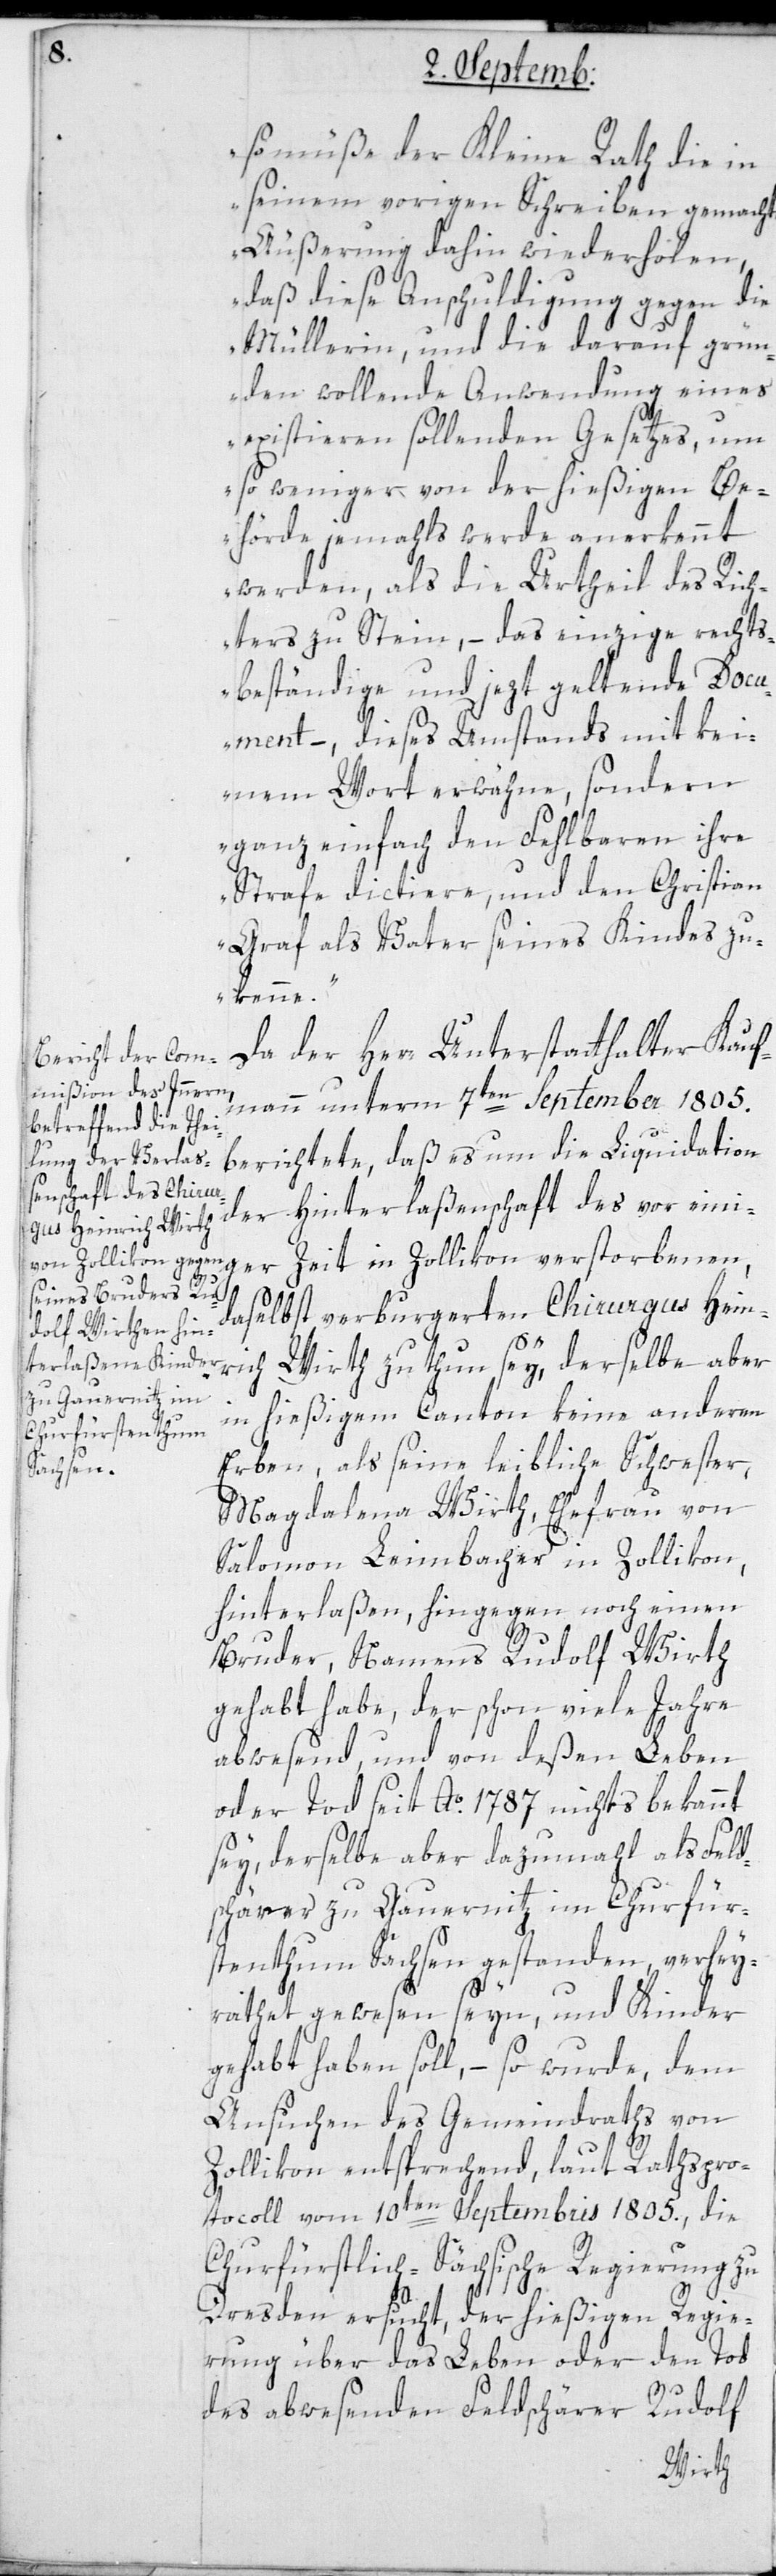
so müße der Kleine Rath in die
seinem vorigen Schreiben gemachte
Äußerung dahin wiederholen,
daß diese Anschuldigung gegen die
Müllerin, und die darauf grü¬
nden wollende Anwendung eines
existieren sollenden Gesetzes, um
so weniger von der hießigen Be¬
hörde jemals werde anerkennt
werden, als die Urtheil des Rich¬
ters zu Stein, – das einzige rechts¬
beständige und jezt geltende Doc¬
ument –, dieses Umstands mit kei¬
nem Wort erwähne, sondern
ganz einfach den Fehlbaren ihre
Strafe dictiere, und den Christian
Graf als Vater seines Kindes zu¬
kenne.“
Da der Herr Unterstatthalter Kauf¬
mann unterm 7ten September 1805.
berichtete, daß es um die Liquidation
der Hinterlaßenschaft des vor eini¬
ger Zeit in Zollikon verstorbenen,
daselbst verburgerten Chirurgus Hein¬
rich Wirth zu tun sey, derselbe aber
in hiesigem Canton keine anderen
Erben als seine leibliche Schwester,
Magdalena Wirth, Ehefrau von
Salomon Leimbacher in Zollikon,
hinterlaßen, hingegen noch einen
Bruder, Namens Rudolf Wirth
gehabt habe, der schon viele Jahre
abwesend, und von deßen Leben
oder Tod seit Ao. 1787. nichts bekannt
sey, derselbe aber dazumahl als Feld¬
schärer zu Gauernitz im Churfür¬
stenthum Sachsen gestanden, verhey¬
rathet gewesen seyn, und Kinder
gehabt haben soll, – so wurde, dem
Ansuchen des Gemeindraths von
Zollikon entsprechend, laut Rathspro¬
tocoll vom 10ten Septembris 1805. die
Churfürstlich-Sächsiche Regierung zu
Dresden ersucht, der hiesigen Regie¬
rung über das Leben oder den Tod
des abwesenden Feldschärer Rudolf